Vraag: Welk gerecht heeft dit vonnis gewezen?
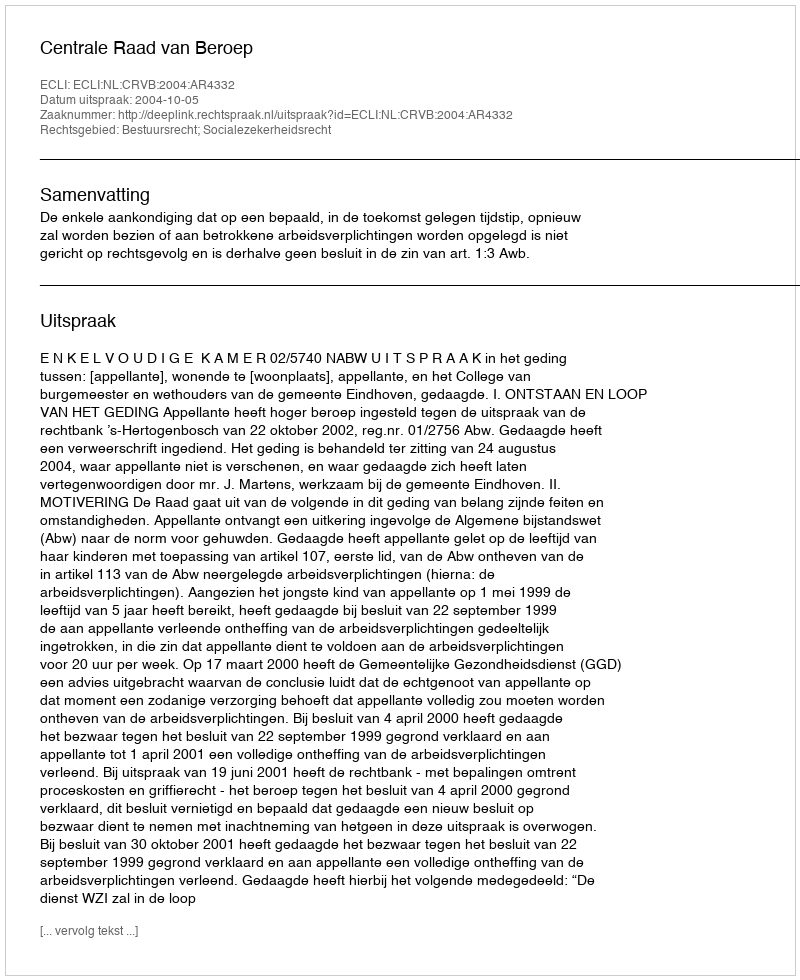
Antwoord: Centrale Raad van Beroep